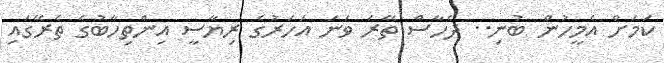
ކަމަށް އެމީހުން ބުނި.. ދެހާސް ތޭރަ ވަނަ އަހަރުގެ ރިޔާސީ އިންތިހާބުގެ ތެރޭގައި